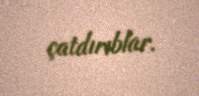
çatdırıblar.